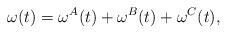
LaTeX: \begin{align*} \omega(t)=\omega^A(t)+\omega^B(t)+\omega^C(t),\end{align*}